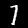
Digit: 7